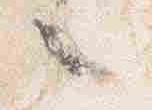
々